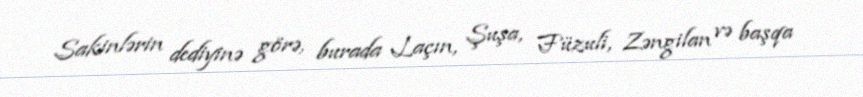
Sakinlərin dediyinə görə, burada Laçın, Şuşa, Füzuli, Zəngilan və başqa